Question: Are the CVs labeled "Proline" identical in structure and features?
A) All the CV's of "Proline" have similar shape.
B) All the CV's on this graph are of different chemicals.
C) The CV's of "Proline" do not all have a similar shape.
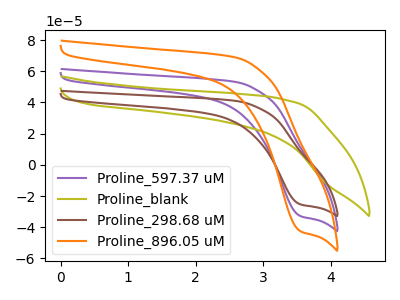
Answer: <think>The purple curve "Proline_597.37 uM" has a cathodic peak at: (3.55V, -32.85uA). The olive curve "Proline_blank" has no peaks. The brown curve "Proline_298.68 uM" has a cathodic peak at: (3.55V, -25.35uA). The orange curve "Proline_896.05 uM" has a cathodic peak at: (3.55V, -65.70uA).
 "Proline_597.37 uM" and "Proline_blank" have a different number of peaks. All the peaks in "Proline_597.37 uM" have a peak in "Proline_298.68 uM" at the same potential. Every peak in "Proline_597.37 uM" is higher than every peak in "Proline_298.68 uM". All the peaks in "Proline_597.37 uM" have a peak in "Proline_896.05 uM" at the same potential. Every peak in "Proline_597.37 uM" is lower than every peak in "Proline_896.05 uM". "Proline_blank" and "Proline_298.68 uM" have a different number of peaks. "Proline_blank" and "Proline_896.05 uM" have a different number of peaks. All the peaks in "Proline_298.68 uM" have a peak in "Proline_896.05 uM" at the same potential. Every peak in "Proline_298.68 uM" is lower than every peak in "Proline_896.05 uM".</think>
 <answer>A) All the CV's of "Proline" have similar shape.</answer>
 <eval>A</eval>